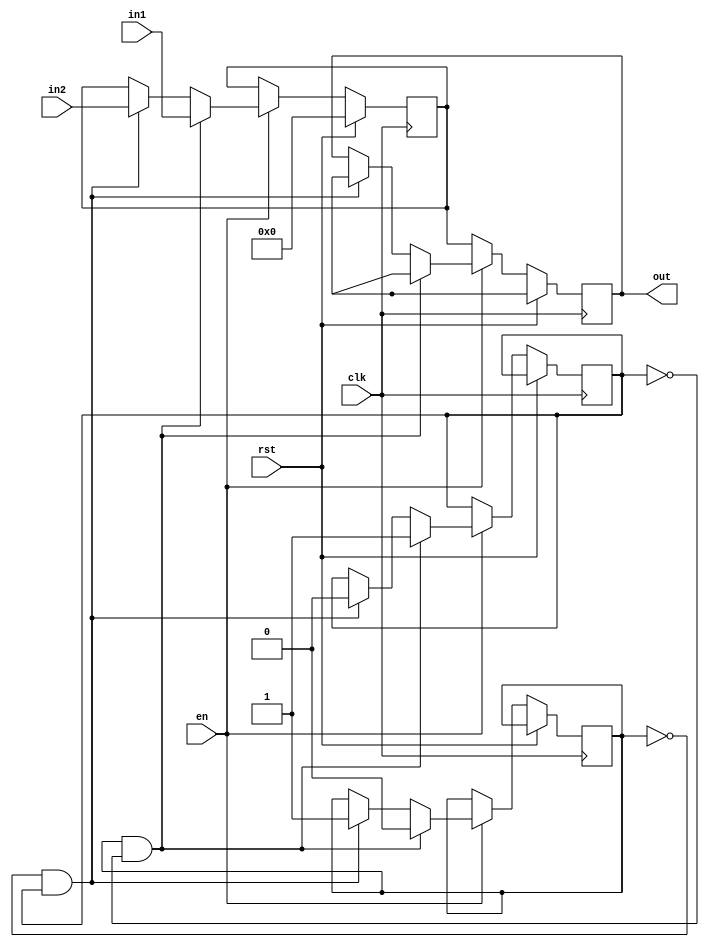
//single register with one read port and two write ports.only one operation either read or write can be performed at same time.
//When write operation is to be done register wire is once done with first write port and next time with the other write port alternatively.
module regnew #(parameter w=8)(clk,rst,en,in1,in2,out);
input clk,rst,en;
input [w-1:0] in1,in2;
output reg [w-1:0] out;
reg [w-1:-0] k;
reg f1;
reg f2;
initial f1=1'b1;
initial f2=1'b0;
always @(posedge clk)
begin
	if(rst==1)
	begin
		k<=0;
		out<='bx;
	end
	else if(en==0) //en==0 indicates read operation.
	begin
		out<=k;
		k<=k;
	end
	else if(en==1)
	begin
		if(f1==1 && f2==0)
		begin
			k<=in1;
			out<='bx;
			f1=0;
			f2=1;
		end
		else if(f1==0 && f2==1)
		begin
			k<=in2;
			out<='bx;
			f1=1;
			f2=0;
		end
	end
end
endmodule